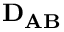
\mathbf { D _ { A B } }